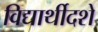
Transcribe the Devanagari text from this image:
विद्यार्थीदशे